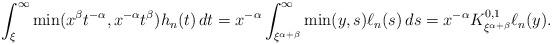
LaTeX: \begin{align*}\int_\xi^\infty\min(x^\beta t^{-\alpha},x^{-\alpha}t^\beta)h_n(t)\,dt=x^{-\alpha}\int_{\xi^{\alpha+\beta}}^\infty\min(y,s)\ell_n(s)\,ds=x^{-\alpha}K_{\xi^{\alpha+\beta}}^{0,1}\ell_n(y).\end{align*}